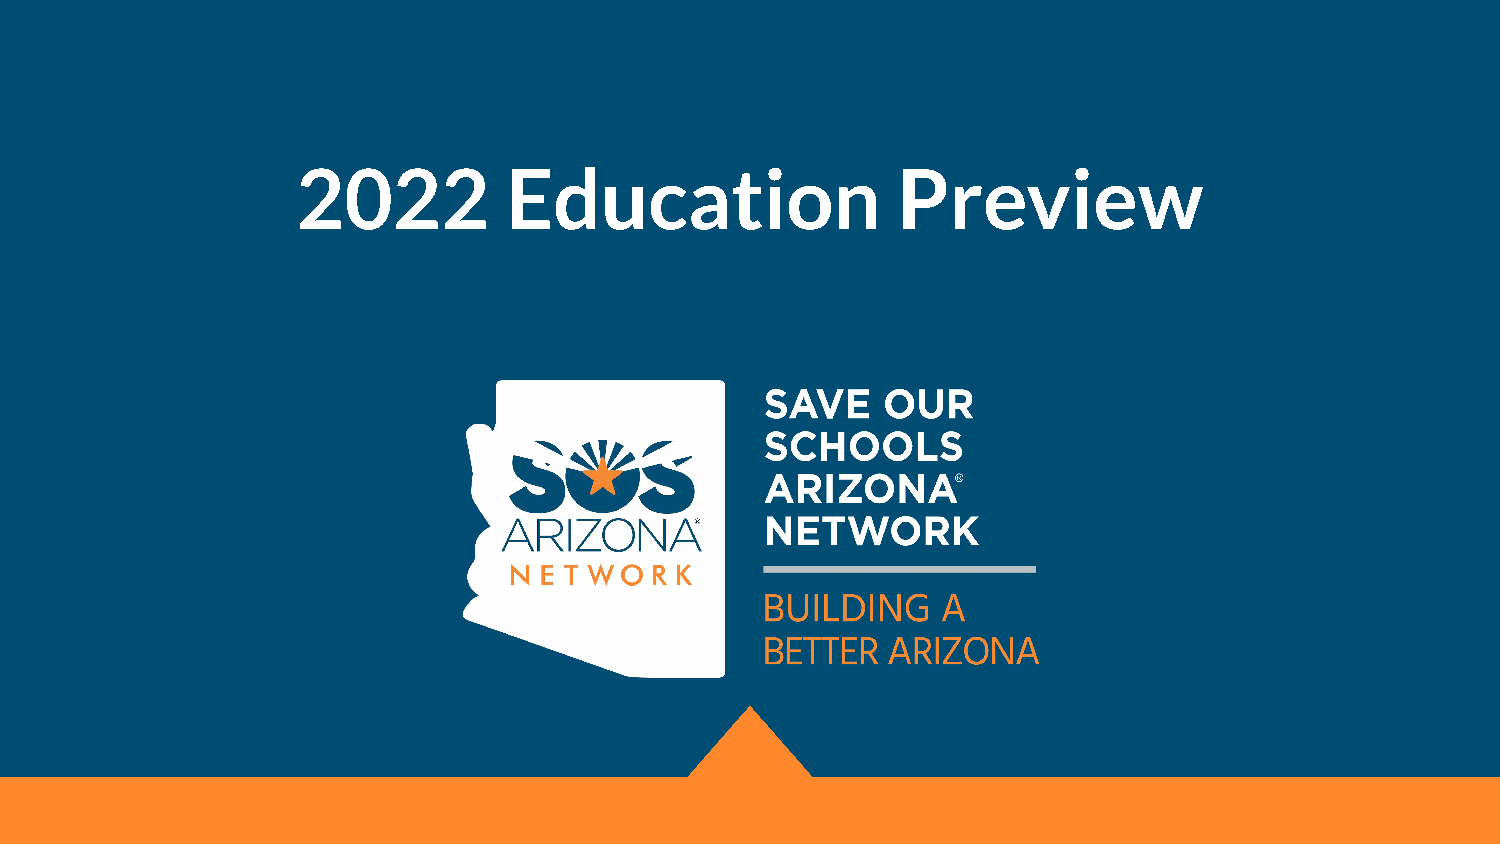
2022         Education                 Preview